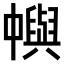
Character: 𠁹